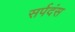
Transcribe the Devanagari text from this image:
सर्पदंस